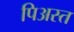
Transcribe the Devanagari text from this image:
पिअस्त